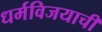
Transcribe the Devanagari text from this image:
धर्मविजयाची